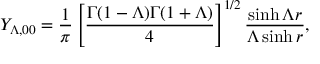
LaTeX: { \cal Y } _ { \Lambda , 0 0 } = { \frac { 1 } { \pi } } \left[ \frac { \Gamma ( 1 - \Lambda ) \Gamma ( 1 + \Lambda ) } { 4 } \right] ^ { 1 / 2 } \frac { \sinh \Lambda r } { \Lambda \sinh r } ,